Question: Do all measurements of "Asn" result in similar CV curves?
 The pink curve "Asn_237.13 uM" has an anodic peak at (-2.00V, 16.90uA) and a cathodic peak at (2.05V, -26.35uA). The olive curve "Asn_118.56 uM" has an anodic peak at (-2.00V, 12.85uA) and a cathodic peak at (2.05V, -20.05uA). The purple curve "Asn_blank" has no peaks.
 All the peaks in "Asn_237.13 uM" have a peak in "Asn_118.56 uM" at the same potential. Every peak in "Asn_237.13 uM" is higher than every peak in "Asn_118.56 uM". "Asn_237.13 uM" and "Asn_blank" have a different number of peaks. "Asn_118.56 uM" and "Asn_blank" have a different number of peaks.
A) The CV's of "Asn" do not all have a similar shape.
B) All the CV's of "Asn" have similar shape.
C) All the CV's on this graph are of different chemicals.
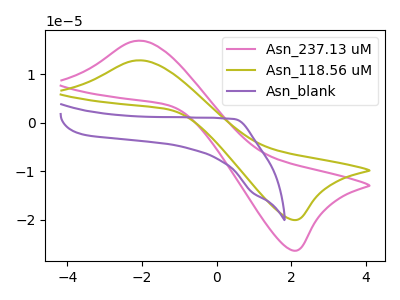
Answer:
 <answer>B) All the CV's of "Asn" have similar shape.</answer>
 <eval>B</eval>